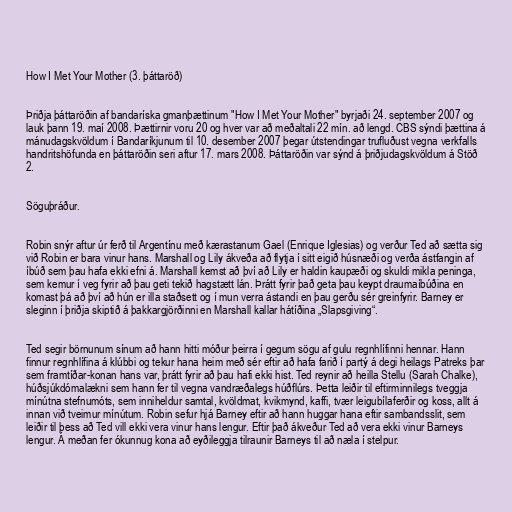
How I Met Your Mother (3. þáttaröð)

Þriðja þáttaröðin af bandaríska gmanþættinum "How I Met Your Mother" byrjaði 24. september 2007 og
lauk þann 19. maí 2008. Þættirnir voru 20 og hver var að meðaltali 22 mín. að lengd. CBS sýndi þættina á
mánudagskvöldum í Bandaríkjunum til 10. desember 2007 þegar útstendingar trufluðust vegna verkfalls
handritshöfunda en þáttaröðin seri aftur 17. mars 2008. Þáttaröðin var sýnd á þriðjudagskvöldum á Stöð
2.

Söguþráður.

Robin snýr aftur úr ferð til Argentínu með kærastanum Gael (Enrique Iglesias) og verður Ted að sætta sig
við Robin er bara vinur hans. Marshall og Lily ákveða að flytja í sitt eigið húsnæði og verða ástfangin af
íbúð sem þau hafa ekki efni á. Marshall kemst að því að Lily er haldin kaupæði og skuldi mikla peninga,
sem kemur í veg fyrir að þau geti tekið hagstætt lán. Þrátt fyrir það geta þau keypt draumaíbúðina en
komast þá að því að hún er illa staðsett og í mun verra ástandi en þau gerðu sér greinfyrir. Barney er
sleginn í þriðja skiptið á þakkargjörðinni en Marshall kallar hátíðina „Slapsgiving“.

Ted segir börnunum sínum að hann hitti móður þeirra í gegum sögu af gulu regnhlífinni hennar. Hann
finnur regnhlífina á klúbbi og tekur hana heim með sér eftir að hafa farið í partý á degi heilags Patreks þar
sem framtíðar-konan hans var, þrátt fyrir að þau hafi ekki hist. Ted reynir að heilla Stellu (Sarah Chalke),
húðsjúkdómalækni sem hann fer til vegna vandræðalegs húðflúrs. Þetta leiðir til eftirminnilegs tveggja
mínútna stefnumóts, sem inniheldur samtal, kvöldmat, kvikmynd, kaffi, tvær leigubílaferðir og koss, allt á
innan við tveimur mínútum. Robin sefur hjá Barney eftir að hann huggar hana eftir sambandsslit, sem
leiðir til þess að Ted vill ekki vera vinur hans lengur. Eftir það ákveður Ted að vera ekki vinur Barneys
lengur. Á meðan fer ókunnug kona að eyðileggja tilraunir Barneys til að næla í stelpur.